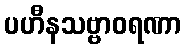
ပဟီနသဗ္ဗာဝရဏာ